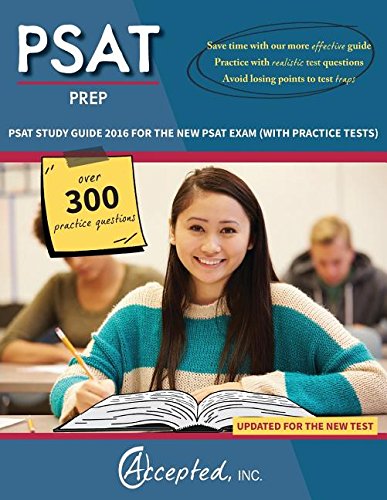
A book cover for PSAT Prep PSAT Study Guide 2016 for the New PSAT Exam (with Practice Tests); Inc. Accepted; Test Preparation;